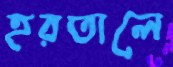
হরতালে